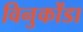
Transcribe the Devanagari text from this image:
विनुकोंडा